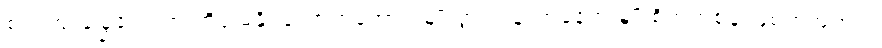
စပါးအုံးမြွေတွေဟာ ထိန်းမနိုင်လောက်အောင် မျိုးပွားလွန်လာနေတဲ့ မျိုးစိတ်တစ်ခု ဖြစ်တဲ့အတွက်